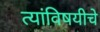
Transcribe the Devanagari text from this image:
त्यांविषयीचे